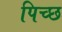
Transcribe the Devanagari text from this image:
पिच्छ